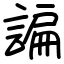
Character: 諞